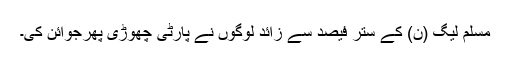
مسلم لیگ (ن) کے ستر فیصد سے زائد لوگوں نے پارٹی چھوڑی پھرجوائن کی۔